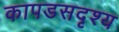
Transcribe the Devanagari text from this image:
कापडसदृश्य